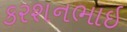
કરશનભાઇ